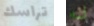
تراسك له